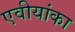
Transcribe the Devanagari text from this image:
एवीयांका